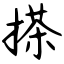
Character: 搽